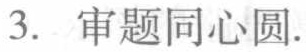
3. 审题同心圆.